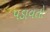
પડાવતો